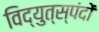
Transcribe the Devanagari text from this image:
विद्युत्स्पंदों